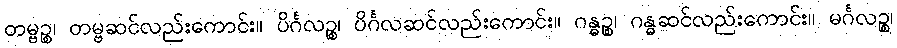
တမ္ဗဉ္စ၊ တမ္ဗဆင်လည်းကောင်း။ ပိင်္ဂလဉ္စ၊ ပိင်္ဂလဆင်လည်းကောင်း။ ဂန္ဓဉ္စ၊ ဂန္ဓဆင်လည်းကောင်း။ မင်္ဂလဉ္စ၊